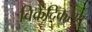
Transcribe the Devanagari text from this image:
विक्रेंदिकरण